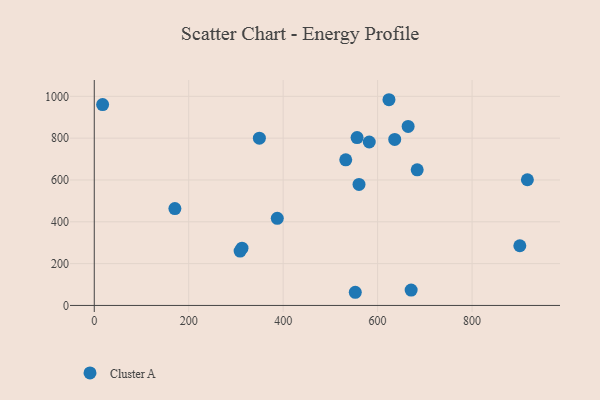
{"axis": {"x": "Study Hours", "y": "Rating"}, "legend": ["Cluster A"], "data": [{"x": "624.0", "y": 983.8, "type": "Cluster A"}, {"x": "901.1", "y": 285.6, "type": "Cluster A"}, {"x": "532.5", "y": 696.2, "type": "Cluster A"}, {"x": "312.8", "y": 274.1, "type": "Cluster A"}, {"x": "308.8", "y": 260.1, "type": "Cluster A"}, {"x": "552.7", "y": 63.0, "type": "Cluster A"}, {"x": "170.7", "y": 463.4, "type": "Cluster A"}, {"x": "560.6", "y": 578.8, "type": "Cluster A"}, {"x": "671.0", "y": 73.6, "type": "Cluster A"}, {"x": "636.2", "y": 793.9, "type": "Cluster A"}, {"x": "917.1", "y": 601.1, "type": "Cluster A"}, {"x": "349.6", "y": 800.0, "type": "Cluster A"}, {"x": "17.7", "y": 960.4, "type": "Cluster A"}, {"x": "387.5", "y": 416.5, "type": "Cluster A"}, {"x": "556.5", "y": 802.9, "type": "Cluster A"}, {"x": "582.3", "y": 781.7, "type": "Cluster A"}, {"x": "664.6", "y": 855.9, "type": "Cluster A"}, {"x": "683.8", "y": 648.4, "type": "Cluster A"}]}